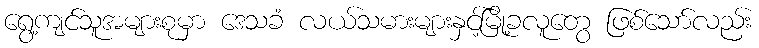
ရွေ့ကျင်သူအများစုမှာ ဒေသခံ လယ်သမားများနှင့်မြို့ခလူတွေ ဖြစ်သော်လည်း